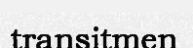
transitmen